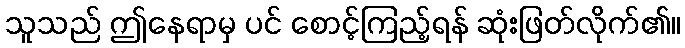
သူသည် ဤနေရာမှ ပင် စောင့်ကြည့်ရန် ဆုံးဖြတ်လိုက်၏။